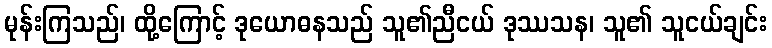
မုန်းကြသည်၊ ထို့ကြောင့် ဒုယောဓနသည် သူ၏ညီငယ် ဒုဿသန၊ သူ၏ သူငယ်ချင်း